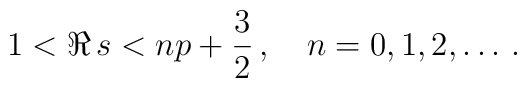
1<\Re\,s<np+\frac{3}{2}\,,\quad n=0, 1, 2,\ldots \,.